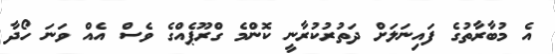
އެ މުބާރާތުގެ ފައިނަލަށް ދަތުރުކުރާނީ ކޮންމެ ގްރޫޕެއްގެ ވެސް އެއް ވަނަ ހޯދާ